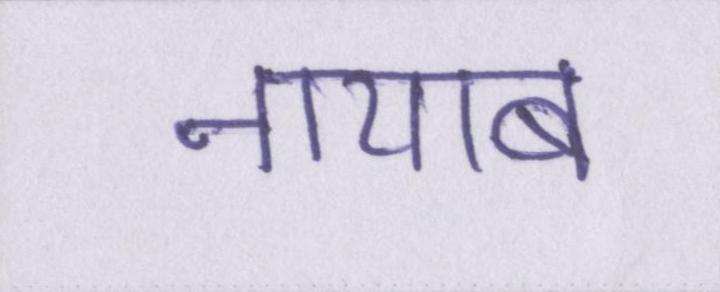
नायाब